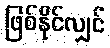
ဖြစ်နိုင်လျှင်